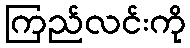
ကြည်လင်းကို